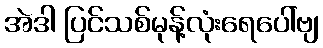
အဲဒါ ပြင်သစ်မုန့်လုံးရေပေါ်ဗျ